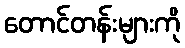
တောင်တန်းများကို